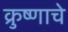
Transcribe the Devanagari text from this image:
क्रुष्णाचे